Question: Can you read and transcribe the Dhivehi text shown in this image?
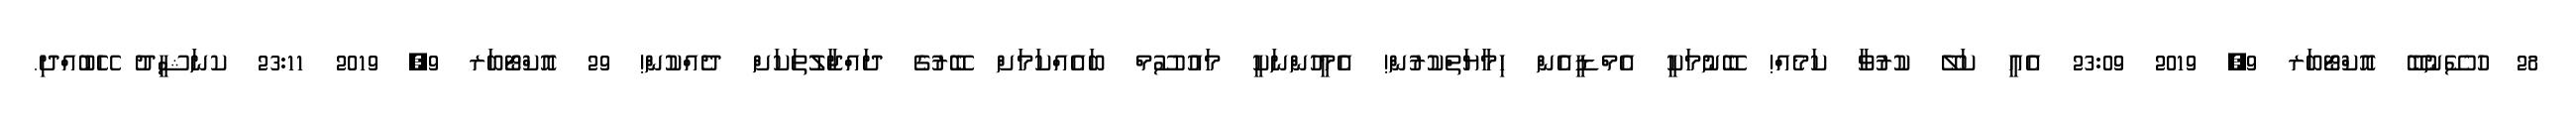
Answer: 28 ހުސޭނުބޭ އޮކްޓޯބަރ 9, 2019 23:09 އެއީ ކަލޭ ކުރުވާ ކަމެއް! ބޭނުމަކީ އެމްޑީއެން ހިމާޔަތްކުރުން! އެމީހުންނަކީ މައުސޫމް ބައެއްކަމަށް ބޭރުގެ ދައްޖާލުތަކަށް ދެއްކުން! 29 އޮކްޓޯބަރ 9, 2019 23:11 ކނަޝީދު ހޭބުއްދި.